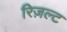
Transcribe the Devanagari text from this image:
रिज़ल्ट